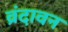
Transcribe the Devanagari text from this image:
व्रंदावन